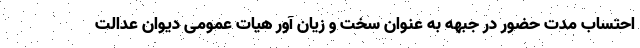
احتساب مدت حضور در جبهه به عنوان سخت و زیان آور هیات عمومی دیوان عدالت